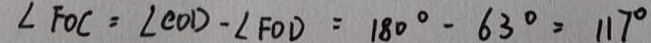
\angle F O C = \angle C O D - \angle F O D = 1 8 0 ^ { \circ } - 6 3 ^ { \circ } = 1 1 7 ^ { \circ }